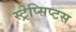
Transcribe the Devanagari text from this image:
स्ट्रेप्सिप्टस